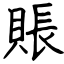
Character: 賬